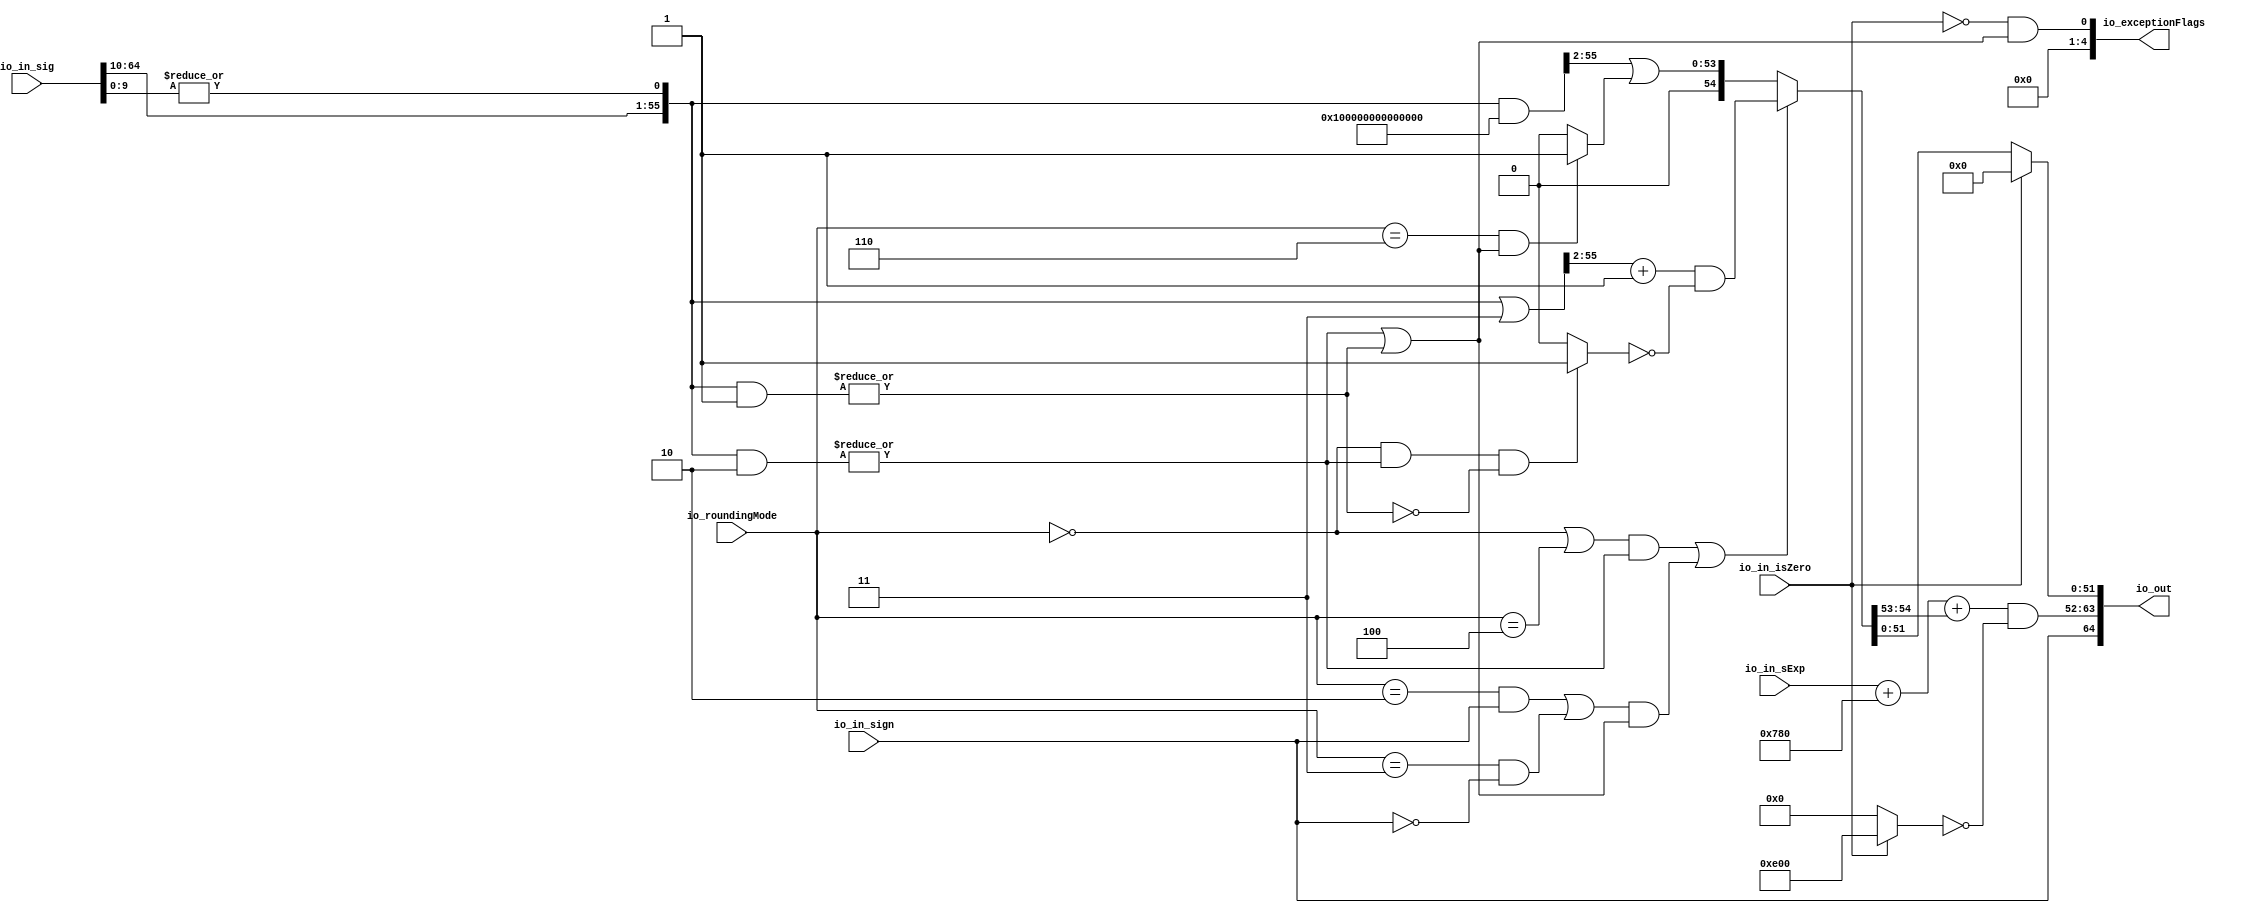
module RoundAnyRawFNToRecFN_2(
  input         io_in_isZero,
  input         io_in_sign,
  input  [8:0]  io_in_sExp,
  input  [64:0] io_in_sig,
  input  [2:0]  io_roundingMode,
  output [64:0] io_out,
  output [4:0]  io_exceptionFlags
);
  wire  roundingMode_near_even = io_roundingMode == 3'h0; // @[RoundAnyRawFNToRecFN.scala 88:53]
  wire  roundingMode_min = io_roundingMode == 3'h2; // @[RoundAnyRawFNToRecFN.scala 90:53]
  wire  roundingMode_max = io_roundingMode == 3'h3; // @[RoundAnyRawFNToRecFN.scala 91:53]
  wire  roundingMode_near_maxMag = io_roundingMode == 3'h4; // @[RoundAnyRawFNToRecFN.scala 92:53]
  wire  roundingMode_odd = io_roundingMode == 3'h6; // @[RoundAnyRawFNToRecFN.scala 93:53]
  wire  roundMagUp = (roundingMode_min & io_in_sign) | (roundingMode_max & (~io_in_sign)); // @[RoundAnyRawFNToRecFN.scala 96:42]
  wire [11:0] _GEN_0 = {{3{io_in_sExp[8]}},io_in_sExp}; // @[RoundAnyRawFNToRecFN.scala 102:25]
  wire [12:0] _sAdjustedExp_T = $signed(_GEN_0) + 12'sh780; // @[RoundAnyRawFNToRecFN.scala 102:25]
  wire [12:0] sAdjustedExp = {1'b0,$signed(_sAdjustedExp_T[11:0])}; // @[RoundAnyRawFNToRecFN.scala 104:31]
  wire [54:0] adjustedSig_right = io_in_sig[64:10]; // @[RoundAnyRawFNToRecFN.scala 114:26]
  wire  adjustedSig_left = |(io_in_sig[9:0]); // @[RoundAnyRawFNToRecFN.scala 115:60]
  wire [55:0] adjustedSig = {adjustedSig_right,adjustedSig_left}; // @[Cat.scala 29:58]
  wire [55:0] _roundPosBit_T = adjustedSig & 56'h2; // @[RoundAnyRawFNToRecFN.scala 162:40]
  wire  roundPosBit = |_roundPosBit_T; // @[RoundAnyRawFNToRecFN.scala 162:56]
  wire [55:0] _anyRoundExtra_T = adjustedSig & 56'h1; // @[RoundAnyRawFNToRecFN.scala 163:42]
  wire  anyRoundExtra = |_anyRoundExtra_T; // @[RoundAnyRawFNToRecFN.scala 163:62]
  wire  anyRound = roundPosBit | anyRoundExtra; // @[RoundAnyRawFNToRecFN.scala 164:36]
  wire  _roundIncr_T_1 = (roundingMode_near_even | roundingMode_near_maxMag) & roundPosBit; // @[RoundAnyRawFNToRecFN.scala 167:67]
  wire  _roundIncr_T_2 = roundMagUp & anyRound; // @[RoundAnyRawFNToRecFN.scala 169:29]
  wire  roundIncr = _roundIncr_T_1 | _roundIncr_T_2; // @[RoundAnyRawFNToRecFN.scala 168:31]
  wire [55:0] _roundedSig_T = adjustedSig | 56'h3; // @[RoundAnyRawFNToRecFN.scala 172:32]
  wire [54:0] _roundedSig_T_2 = (_roundedSig_T[55:2]) + 54'h1; // @[RoundAnyRawFNToRecFN.scala 172:49]
  wire  _roundedSig_T_4 = ~anyRoundExtra; // @[RoundAnyRawFNToRecFN.scala 174:30]
  wire  _roundedSig_T_5 = (roundingMode_near_even & roundPosBit) & _roundedSig_T_4; // @[RoundAnyRawFNToRecFN.scala 173:64]
  wire [54:0] _roundedSig_T_7 = _roundedSig_T_5 ? 55'h1 : 55'h0; // @[RoundAnyRawFNToRecFN.scala 173:25]
  wire [54:0] _roundedSig_T_8 = ~_roundedSig_T_7; // @[RoundAnyRawFNToRecFN.scala 173:21]
  wire [54:0] _roundedSig_T_9 = _roundedSig_T_2 & _roundedSig_T_8; // @[RoundAnyRawFNToRecFN.scala 172:61]
  wire [55:0] _roundedSig_T_11 = adjustedSig & 56'hfffffffffffffc; // @[RoundAnyRawFNToRecFN.scala 178:30]
  wire  _roundedSig_T_13 = roundingMode_odd & anyRound; // @[RoundAnyRawFNToRecFN.scala 179:42]
  wire [54:0] _roundedSig_T_15 = _roundedSig_T_13 ? 55'h1 : 55'h0; // @[RoundAnyRawFNToRecFN.scala 179:24]
  wire [54:0] _GEN_1 = {{1'd0}, _roundedSig_T_11[55:2]}; // @[RoundAnyRawFNToRecFN.scala 178:47]
  wire [54:0] _roundedSig_T_16 = _GEN_1 | _roundedSig_T_15; // @[RoundAnyRawFNToRecFN.scala 178:47]
  wire [54:0] roundedSig = roundIncr ? _roundedSig_T_9 : _roundedSig_T_16; // @[RoundAnyRawFNToRecFN.scala 171:16]
  wire [2:0] _sRoundedExp_T_1 = {1'b0,$signed(roundedSig[54:53])}; // @[RoundAnyRawFNToRecFN.scala 183:69]
  wire [12:0] _GEN_2 = {{10{_sRoundedExp_T_1[2]}},_sRoundedExp_T_1}; // @[RoundAnyRawFNToRecFN.scala 183:40]
  wire [13:0] sRoundedExp = $signed(sAdjustedExp) + $signed(_GEN_2); // @[RoundAnyRawFNToRecFN.scala 183:40]
  wire [11:0] common_expOut = sRoundedExp[11:0]; // @[RoundAnyRawFNToRecFN.scala 185:37]
  wire [51:0] common_fractOut = roundedSig[51:0]; // @[RoundAnyRawFNToRecFN.scala 189:27]
  wire  commonCase = ~io_in_isZero; // @[RoundAnyRawFNToRecFN.scala 235:64]
  wire  inexact = commonCase & anyRound; // @[RoundAnyRawFNToRecFN.scala 238:43]
  wire [11:0] _expOut_T_1 = io_in_isZero ? 12'he00 : 12'h0; // @[RoundAnyRawFNToRecFN.scala 251:18]
  wire [11:0] _expOut_T_2 = ~_expOut_T_1; // @[RoundAnyRawFNToRecFN.scala 251:14]
  wire [11:0] expOut = common_expOut & _expOut_T_2; // @[RoundAnyRawFNToRecFN.scala 250:24]
  wire [51:0] fractOut = io_in_isZero ? 52'h0 : common_fractOut; // @[RoundAnyRawFNToRecFN.scala 278:12]
  wire [12:0] io_out_right = {io_in_sign,expOut}; // @[Cat.scala 29:58]
  wire [1:0] io_exceptionFlags_left = {1'h0,inexact}; // @[Cat.scala 29:58]
  assign io_out = {io_out_right,fractOut}; // @[Cat.scala 29:58]
  assign io_exceptionFlags = {3'h0,io_exceptionFlags_left}; // @[Cat.scala 29:58]
endmodule